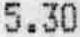
5.30